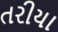
તરીયા